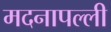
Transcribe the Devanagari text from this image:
मदनापल्ली